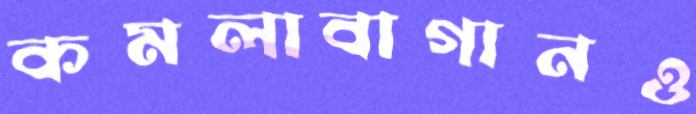
কমলাবাগানও